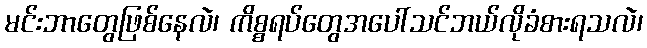
မင်းဘာတွေဖြစ်နေလဲ၊ ကိစ္စရပ်တွေအပေါ်သင်ဘယ်လိုခံစားရသလဲ၊